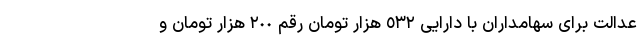
عدالت برای سهامداران با دارایی ٥٣٢ هزار تومان رقم ٢٠٠ هزار تومان و